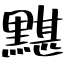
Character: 黮